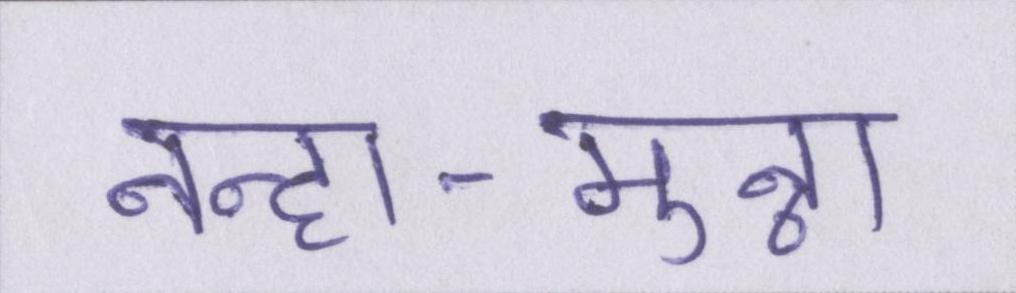
नन्हा-मुन्ना